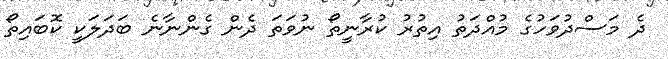
ދެ މަސްދުވަހުގެ މުއްދަތު އިތުރު ކުރާނީތޯ ނުވަތަ ދެން ގެންނާނެ ބަދަލަކީ ކޮބައިތޯ